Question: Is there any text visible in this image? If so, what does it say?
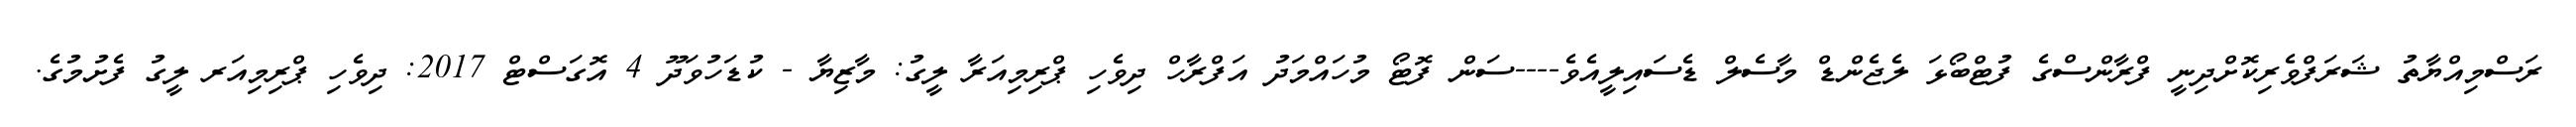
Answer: ރަސްމިއްޔާތު ޝަރަފްވެރިކޮށްދިނީ ފްރާންސްގެ ފުޓްބޯޅަ ލެޖެންޑް މާސެލް ޑެސައިލީއެވެ----ސަން ފޮޓޯ މުހައްމަދު އަފްރާހް ދިވެހި ޕްރިމިއަރާ ލީގު: މާޒިޔާ - ކުޑަހުވަދޫ 4 އޮގަސްޓް 2017: ދިވެހި ޕްރިމިއަރ ލީގު ފެށުމުގެ.